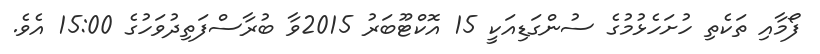
ފޯމާއި ތަކެތި ހުށަހެޅުމުގެ ސުންގަޑިއަކީ 15 އޮކްޓޫބަރު 2015ވާ ބުރާސްފަތިދުވަހުގެ 15:00 އެވެ.